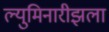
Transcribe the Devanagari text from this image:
ल्युमिनारीझला